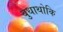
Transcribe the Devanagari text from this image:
बुधाथोकि